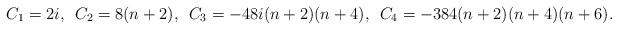
LaTeX: \begin{align*}C_{1}=2i, \hspace{0.2cm}C_{2}=8(n+2), \hspace{0.2cm}C_{3}=-48i(n+2)(n+4), \hspace{0.2cm}C_{4}=-384(n+2)(n+4)(n+6).\end{align*}